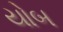
યોબ